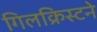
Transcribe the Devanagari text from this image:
गिलक्रिस्टने